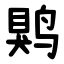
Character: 䴗